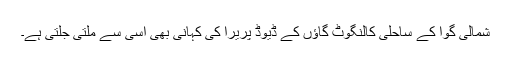
شمالی گوا کے ساحلی کالنگوٹ گاؤں کے ڈیوڈ پریرا کی کہانی بھی اسی سے ملتی جلتی ہے۔